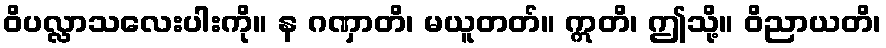
ဝိပလ္လာသလေးပါးကို။ န ဂဏှာတိ၊ မယူတတ်။ ဣတိ၊ ဤသို့။ ဝိညာယတိ၊